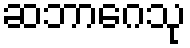
ဆဘာဂေသု